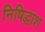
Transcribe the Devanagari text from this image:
निषिद्धांश